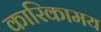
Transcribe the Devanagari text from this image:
कारिकामय